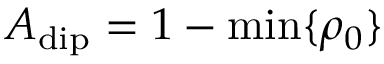
A _ { \mathrm { d i p } } = 1 - \mathrm { m i n } \{ \rho _ { 0 } \}